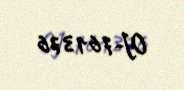
OJ-761376